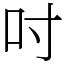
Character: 吋